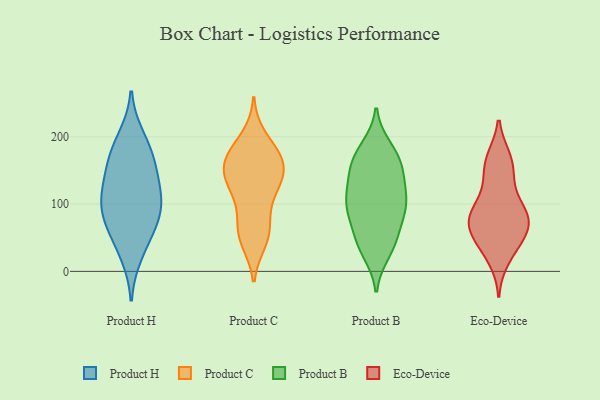
{"axis": {"x": "Satisfaction Score", "y": "Value"}, "legend": ["Eco-Device", "Product B", "Product C", "Product H"], "data": [{"x": "", "y": 120, "type": "Product H"}, {"x": "", "y": 104, "type": "Product H"}, {"x": "", "y": 159, "type": "Product H"}, {"x": "", "y": 84, "type": "Product H"}, {"x": "", "y": 199, "type": "Product H"}, {"x": "", "y": 25, "type": "Product H"}, {"x": "", "y": 124, "type": "Product H"}, {"x": "", "y": 159, "type": "Product H"}, {"x": "", "y": 93, "type": "Product H"}, {"x": "", "y": 52, "type": "Product H"}, {"x": "", "y": 72, "type": "Product H"}, {"x": "", "y": 180, "type": "Product H"}, {"x": "", "y": 130, "type": "Product C"}, {"x": "", "y": 164, "type": "Product C"}, {"x": "", "y": 135, "type": "Product C"}, {"x": "", "y": 159, "type": "Product C"}, {"x": "", "y": 105, "type": "Product C"}, {"x": "", "y": 69, "type": "Product C"}, {"x": "", "y": 51, "type": "Product C"}, {"x": "", "y": 62, "type": "Product C"}, {"x": "", "y": 198, "type": "Product C"}, {"x": "", "y": 140, "type": "Product C"}, {"x": "", "y": 177, "type": "Product C"}, {"x": "", "y": 170, "type": "Product C"}, {"x": "", "y": 165, "type": "Product C"}, {"x": "", "y": 129, "type": "Product C"}, {"x": "", "y": 46, "type": "Product C"}, {"x": "", "y": 93, "type": "Product B"}, {"x": "", "y": 90, "type": "Product B"}, {"x": "", "y": 141, "type": "Product B"}, {"x": "", "y": 154, "type": "Product B"}, {"x": "", "y": 111, "type": "Product B"}, {"x": "", "y": 44, "type": "Product B"}, {"x": "", "y": 178, "type": "Product B"}, {"x": "", "y": 42, "type": "Product B"}, {"x": "", "y": 168, "type": "Product B"}, {"x": "", "y": 39, "type": "Product B"}, {"x": "", "y": 115, "type": "Product B"}, {"x": "", "y": 111, "type": "Product B"}, {"x": "", "y": 101, "type": "Product B"}, {"x": "", "y": 184, "type": "Product B"}, {"x": "", "y": 28, "type": "Product B"}, {"x": "", "y": 161, "type": "Product B"}, {"x": "", "y": 83, "type": "Product B"}, {"x": "", "y": 72, "type": "Product B"}, {"x": "", "y": 144, "type": "Product B"}, {"x": "", "y": 127, "type": "Eco-Device"}, {"x": "", "y": 89, "type": "Eco-Device"}, {"x": "", "y": 71, "type": "Eco-Device"}, {"x": "", "y": 18, "type": "Eco-Device"}, {"x": "", "y": 90, "type": "Eco-Device"}, {"x": "", "y": 138, "type": "Eco-Device"}, {"x": "", "y": 166, "type": "Eco-Device"}, {"x": "", "y": 32, "type": "Eco-Device"}, {"x": "", "y": 61, "type": "Eco-Device"}, {"x": "", "y": 161, "type": "Eco-Device"}, {"x": "", "y": 83, "type": "Eco-Device"}, {"x": "", "y": 168, "type": "Eco-Device"}, {"x": "", "y": 46, "type": "Eco-Device"}, {"x": "", "y": 52, "type": "Eco-Device"}, {"x": "", "y": 64, "type": "Eco-Device"}, {"x": "", "y": 86, "type": "Eco-Device"}, {"x": "", "y": 84, "type": "Eco-Device"}]}